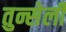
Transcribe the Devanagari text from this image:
तुन्सेली